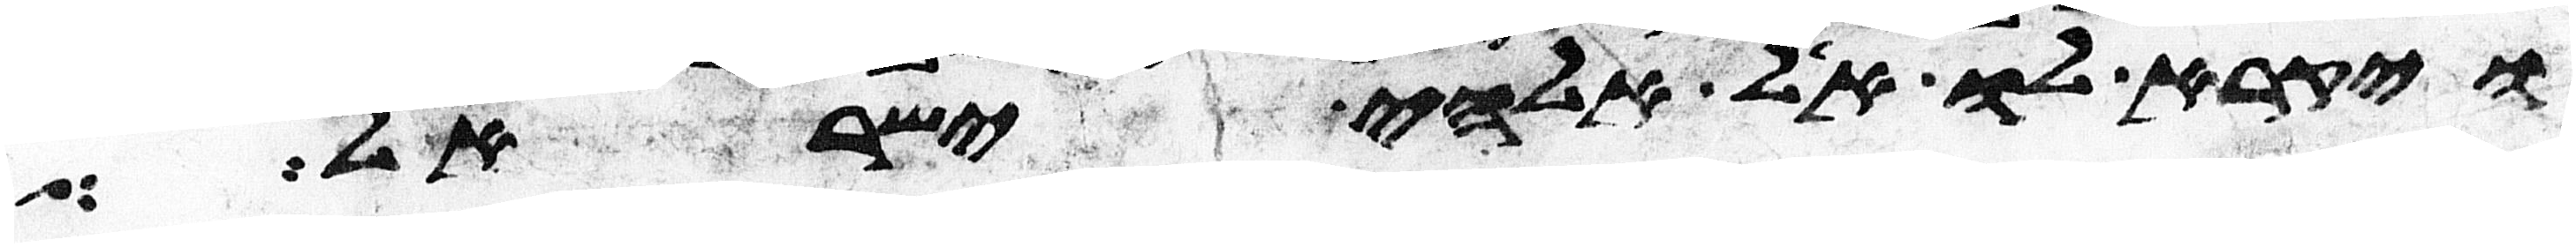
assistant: ויקרא לו אל אלהי ישראל